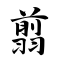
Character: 翦